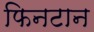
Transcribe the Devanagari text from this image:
फिनटान